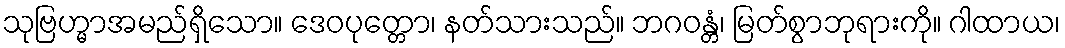
သုဗြဟ္မာအမည်ရှိသော။ ဒေဝပုတ္တော၊ နတ်သားသည်။ ဘဂဝန္တံ၊ မြတ်စွာဘုရားကို။ ဂါထာယ၊